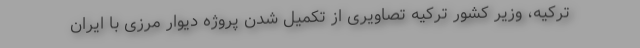
ترکیه، وزیر کشور ترکیه تصاویری از تکمیل شدن پروژه دیوار مرزی با ایران